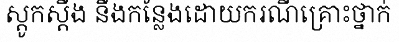
ស្តូកស្តឹង នឹងកន្លែងដោយករណីគ្រោះថ្នាក់